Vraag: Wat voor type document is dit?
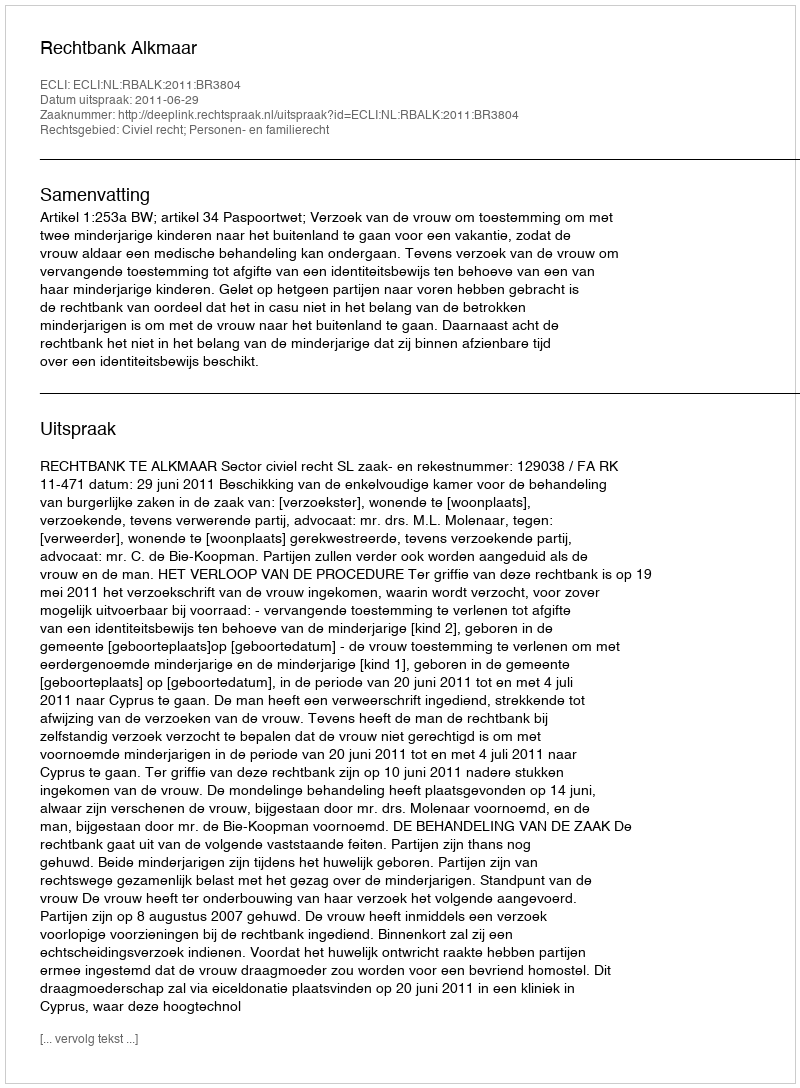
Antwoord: Uitspraak